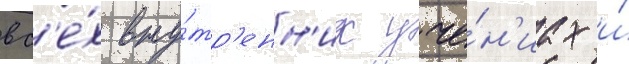
вс'е́х вну́тр'енн'их уче́н'иах и́